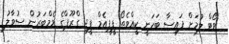
ވޯޓް ލުމަށް ފައިސާ ބަހަނީ ކީއްވެތޯ ޕީޕީއެމް ޕީޖީ ގްރޫޕްގެ މެމްބަރުން ސުވާލު